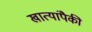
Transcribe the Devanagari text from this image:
खात्यांपैकी